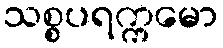
သစ္စပရက္ကမော